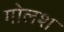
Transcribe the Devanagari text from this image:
गोलश